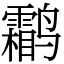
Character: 鹴